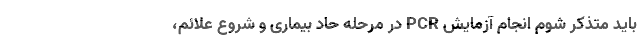
باید متذکر شوم انجام آزمایش PCR در مرحله حاد بیماری و شروع علائم،